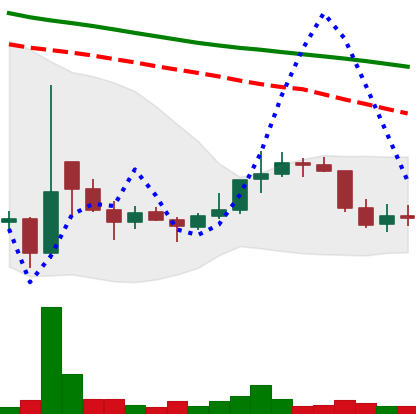
Ticker: DOGE-USD
Chart end date: 2021-12-31
Forward return: -6.496%
Label: down_5_7